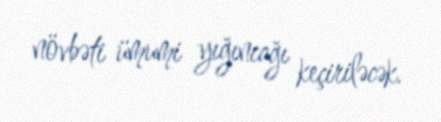
növbəti ümumi yığıncağı keçiriləcək.